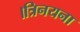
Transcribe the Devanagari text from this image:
।त्रिनयना